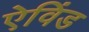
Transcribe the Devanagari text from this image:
ऐविंड